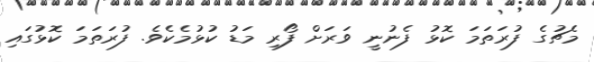
މެޗުގެ ފުރަތަމަ ކޮޅު ފެނުނީ ވަރަށް ފޯރި މަޑު ކުޅުމެކެވެ. ފުރަތަމަ ކޮޅުގައި